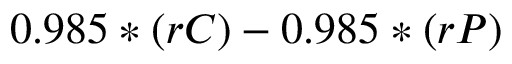
0 . 9 8 5 * ( r C ) - 0 . 9 8 5 * ( r P )